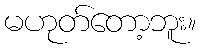
မဟုတ်တော့ဘူး။